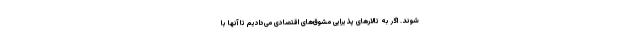
شوند. اگر به تالارهای پذیرایی مشوق‌های اقتصادی می‌دادیم تا آنها با